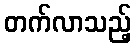
တက်လာသည့်